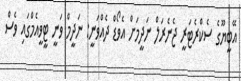
އޭބީޔޫގެ ސެކްރެޓަރީ ޖެނެރަލް ނަދީމަށް އެވޯޑް ދެއްވަނީ: ނަދީމް ވަނީ ޓީވީއެމްގައި ވެސް